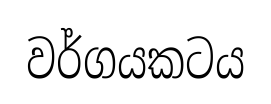
වර්ගයකටය